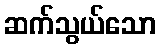
ဆက်သွယ်သော